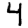
Digit: 4